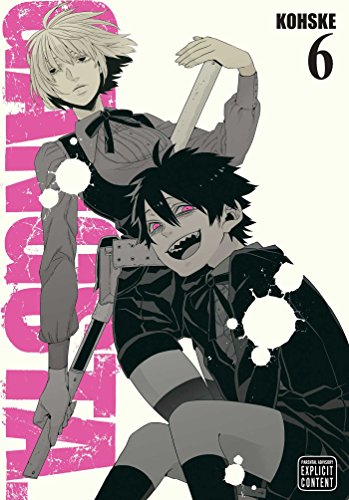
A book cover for Gangsta., Vol. 6; Kohske .; Comics & Graphic Novels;